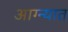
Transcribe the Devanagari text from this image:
आग्न्यात